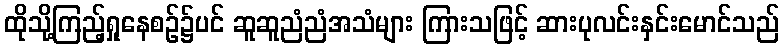
ထိုသို့ကြည့်ရှုနေစဉ်၌ပင် ဆူဆူညံညံအသံများ ကြားသဖြင့် ဆားပုလင်းနှင်းမောင်သည်